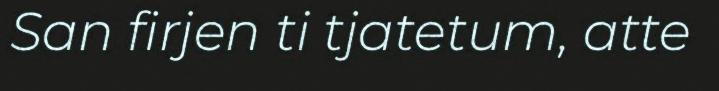
San firjen ti tjatetum, atte